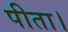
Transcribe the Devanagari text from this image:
पीता।